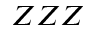
Z Z Z